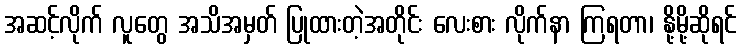
အဆင့်လိုက် လူတွေ အသိအမှတ် ပြုထားတဲ့အတိုင်း လေးစား လိုက်နာ ကြရတာ၊ နို့မို့ဆိုရင်